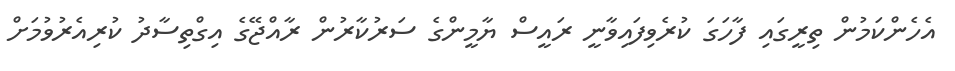
އެހެންކަމުން ތިރީގައި ފާހަގަ ކުރެވިފައިވާނީ ރައީސް ޔާމީންގެ ސަރުކާރުން ރާއްޖޭގެ އިގްތިސާދު ކުރިއެރުވުމަށް